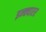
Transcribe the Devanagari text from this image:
इन्क्यारर